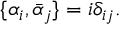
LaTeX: \{ \alpha _ { i } , \bar { \alpha } _ { j } \} = i \delta _ { i j } .